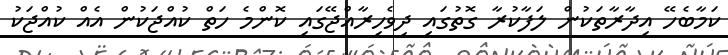
ކަމާބެހޭ އިދާރާތަކުން ލަފާކުރާ ގޮތުގައި ދިވެހިރާއްޖޭގައި ކޮންމެ ހަތް ކުއްޖަކުން އެއް ކުއްޖަކު